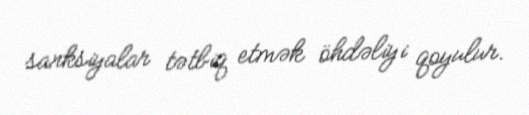
sanksiyalar tətbiq etmək öhdəliyi qoyulur.